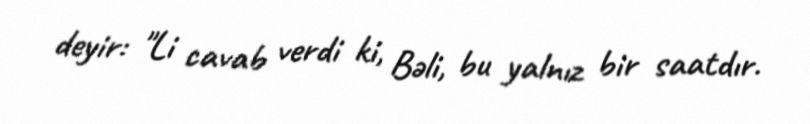
deyir: "Li cavab verdi ki, Bəli, bu yalnız bir saatdır.